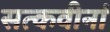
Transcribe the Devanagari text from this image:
सत्कवीनां